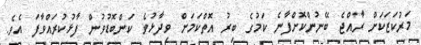
މަރުކަޒަކަށް ރާއްޖެ ބޭނުންކޮށްފާނެ ކަމުގެ ބިރު އޮތްކަމަށް ވިދާޅުވެ ކަންބޮޑުވުން ފާޅުކުރައްވާފަ އެވެ.